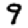
Digit: 9